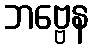
ဘဗ္ဗေန